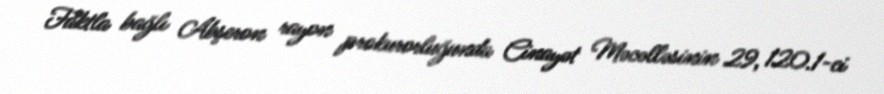
Faktla bağlı Abşeron rayon prokurorluğunda Cinayət Məcəlləsinin 29, 120.1-ci